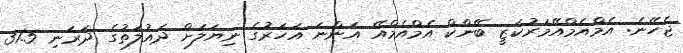
ޖެހޭނެ: އެމްއެމްއޭމަރުކަޒީ ބޭންކް އެމްއެމްއޭ އަންނަ އަހަރުގެ ނިޔަލަށް ދައުލަތުގެ ދަރަނި 31.5